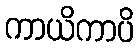
ကာယိကာပိ